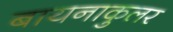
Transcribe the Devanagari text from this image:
बायनाकुलर